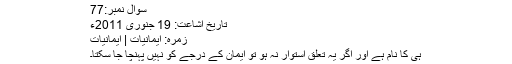
سوال نمبر:77
تاریخ اشاعت: 19 جنوری 2011ء
زمرہ: ایمانیات | ایمانیات
ہی کا نام ہے اور اگر یہ تعلق استوار نہ ہو تو ایمان کے درجے کو نہیں پہنچا جا سکتا۔